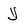
Character: y